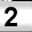
Digit: 2